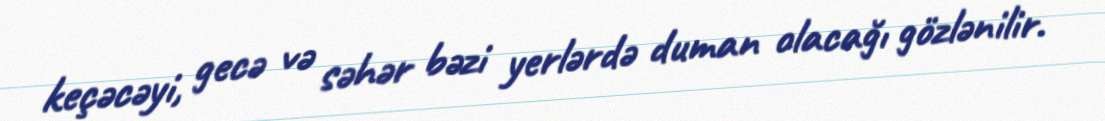
keçəcəyi, gecə və səhər bəzi yerlərdə duman olacağı gözlənilir.